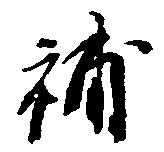
補